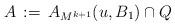
LaTeX: \begin{align*}A\,:=\,A_{M^{k+1}}(u,B_1)\cap Q\end{align*}